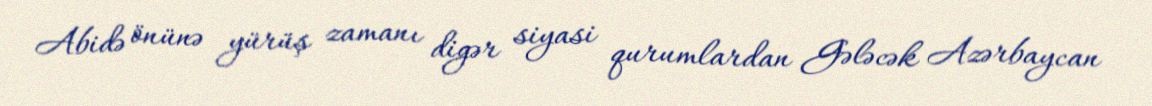
Abidə önünə yürüş zamanı digər siyasi qurumlardan Gələcək Azərbaycan